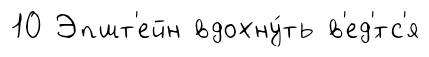
10 Эпшт'ейн вдохну́ть в'ед'́тс'я